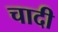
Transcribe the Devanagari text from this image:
चादी